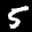
Label: 5